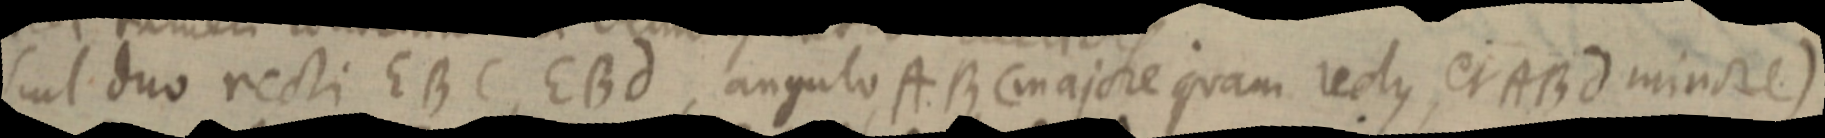
suit duo recti EBC, EBd, angulo ABC majore quam rectus, et ABd minore)